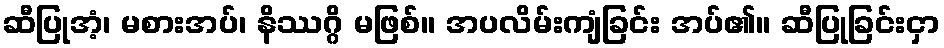
ဆီပြုအံ့၊ မစားအပ်၊ နိဿဂ္ဂိ မဖြစ်။ အပလိမ်းကျံခြင်း အပ်၏။ ဆီပြုခြင်းငှာ